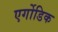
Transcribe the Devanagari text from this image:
एर्गोडिक